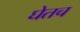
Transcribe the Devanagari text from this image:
घेतच